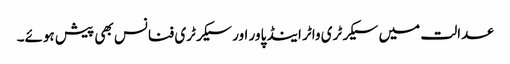
عدالت میں سیکرٹری واٹر اینڈ پاور اور سیکرٹری فنانس بھی پیش ہوئے۔